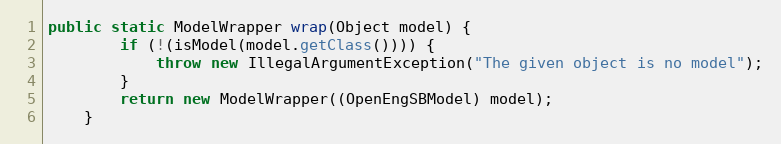
Language: Java
public static ModelWrapper wrap(Object model) {
        if (!(isModel(model.getClass()))) {
            throw new IllegalArgumentException("The given object is no model");
        }
        return new ModelWrapper((OpenEngSBModel) model);
    }